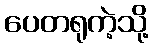
ပေတရုကဲ့သို့